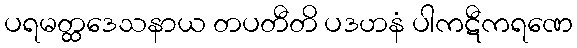
ပရမတ္ထဒေသနာယ တပတီတိ ပဒဟနံ ပါကဋီကရဏေ